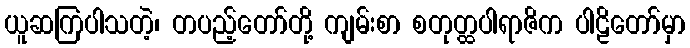
ယူဆကြပါသတဲ့၊ တပည့်တော်တို့ ကျမ်းစာ စတုတ္ထပါရာဇိက ပါဠိတော်မှာ